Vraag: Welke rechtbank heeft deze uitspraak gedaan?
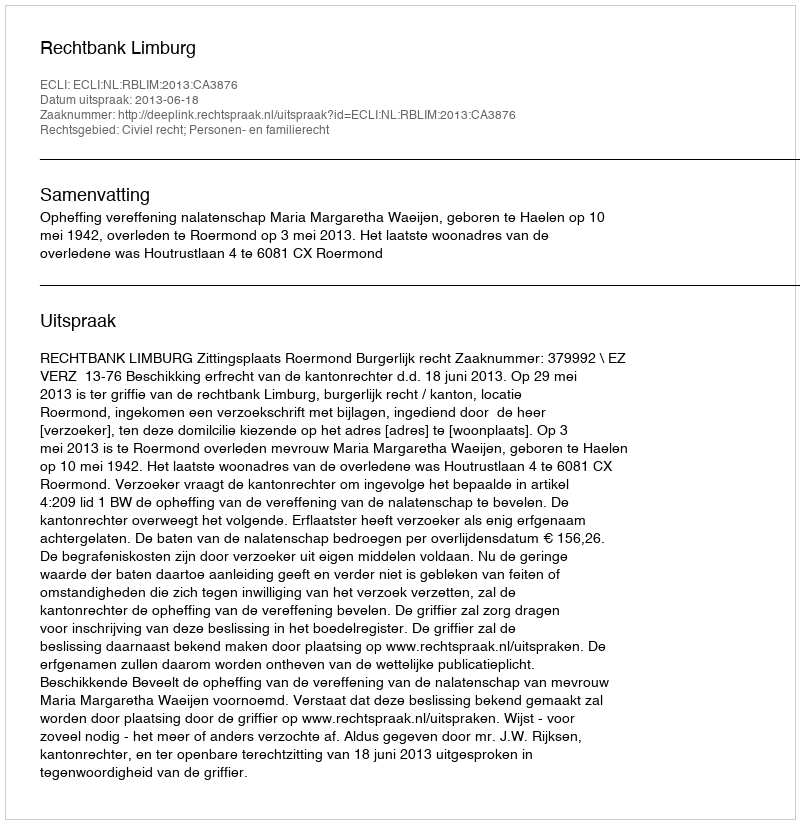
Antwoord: Rechtbank Limburg